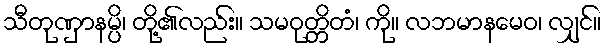
သီတုဏှာနမ္ပိ၊ တို့၏လည်း။ သမဝုတ္တိတံ၊ ကို။ လဘမာနမေဝ၊ လျှင်။